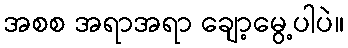
အစစ အရာအရာ ချော့မွေ့ပါပဲ။